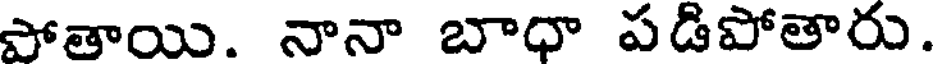
పోతాయి. నానా బాధా పడిపోతారు.